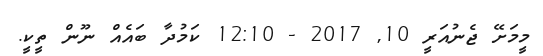
މީމަށޭ ޖެނުއަރީ 10